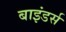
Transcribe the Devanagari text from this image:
बाइंडर्स